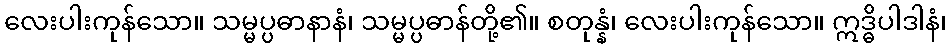
လေးပါးကုန်သော။ သမ္မပ္ပဓာနာနံ၊ သမ္မပ္ပဓာန်တို့၏။ စတုန္နံ၊ လေးပါးကုန်သော။ ဣဒ္ဓိပါဒါနံ၊